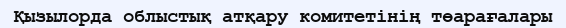
Қызылорда облыстық атқару комитетінің төарағалары